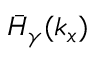
\bar { H } _ { \gamma } ( k _ { x } )